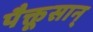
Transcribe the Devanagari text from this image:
पैक्तूसान्